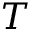
T